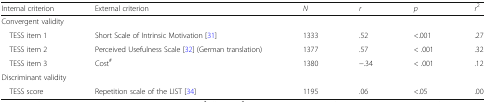
| Internal criterion | External criterion | N | r | p | r2 |
 | --- | --- | --- | --- | --- | --- |
 | <COLSPAN=6> Convergent validity |
 | TESS item 1 | Short Scale of Intrinsic Motivation [31] | 1333 | .52 | <.001 | .27 |
 | TESS item 2 | Perceived Usefulness Scale [32] (German translation) | 1377 | .57 | < .001 | .32 |
 | TESS item 3 | Cost# | 1380 | −.34 | < .001 | .12 |
 | <COLSPAN=6> Discriminant validity |
 | TESS score | Repetition scale of the LIST [34] | 1195 | .06 | <.05 | .00 |